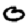
Digit: 0